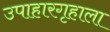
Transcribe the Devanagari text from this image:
उपाहारगृहाला